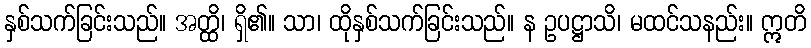
နှစ်သက်ခြင်းသည်။ အတ္ထိ၊ ရှိ၏။ သာ၊ ထိုနှစ်သက်ခြင်းသည်။ န ဥပဋ္ဌာသိ၊ မထင်သနည်း။ ဣတိ